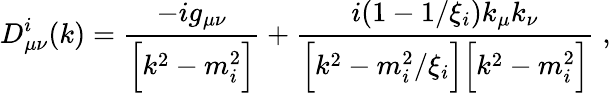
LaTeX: D_{\mu\nu}^{i}(k)=\frac{-ig_{\mu\nu}}{\Bigl[k^{2}-m_{i}^{2}\Bigr]}+\frac{i(1-1/\xi_{i})k_{\mu}k_{\nu}}{\Bigl[k^{2}-m_{i}^{2}/\xi_{i}\Bigr]\Bigl[k^{2}-m_{i}^{2}\Bigr]}\; ,